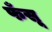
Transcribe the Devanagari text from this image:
फँसू